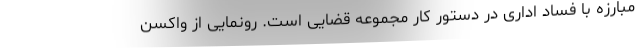
مبارزه با فساد اداری در دستور کار مجموعه قضایی است. رونمایی از واکسن